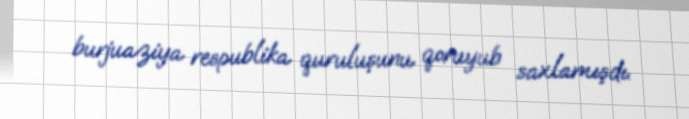
burjuaziya respublika quruluşunu qoruyub saxlamışdı.